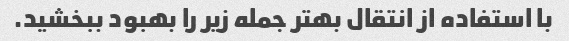
با استفاده از انتقال بهتر جمله زیر را بهبود ببخشید.